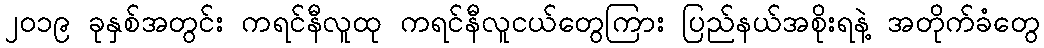
၂၀၁၉ ခုနှစ်အတွင်း ကရင်နီလူထု ကရင်နီလူငယ်တွေကြား ပြည်နယ်အစိုးရနဲ့ အတိုက်ခံတွေ